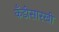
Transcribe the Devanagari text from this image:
कँडीसारखी